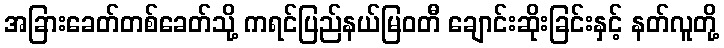
အခြားခေတ်တစ်ခေတ်သို့ ကရင်ပြည်နယ်မြဝတီ ချောင်းဆိုးခြင်းနှင့် နတ်လူတို့